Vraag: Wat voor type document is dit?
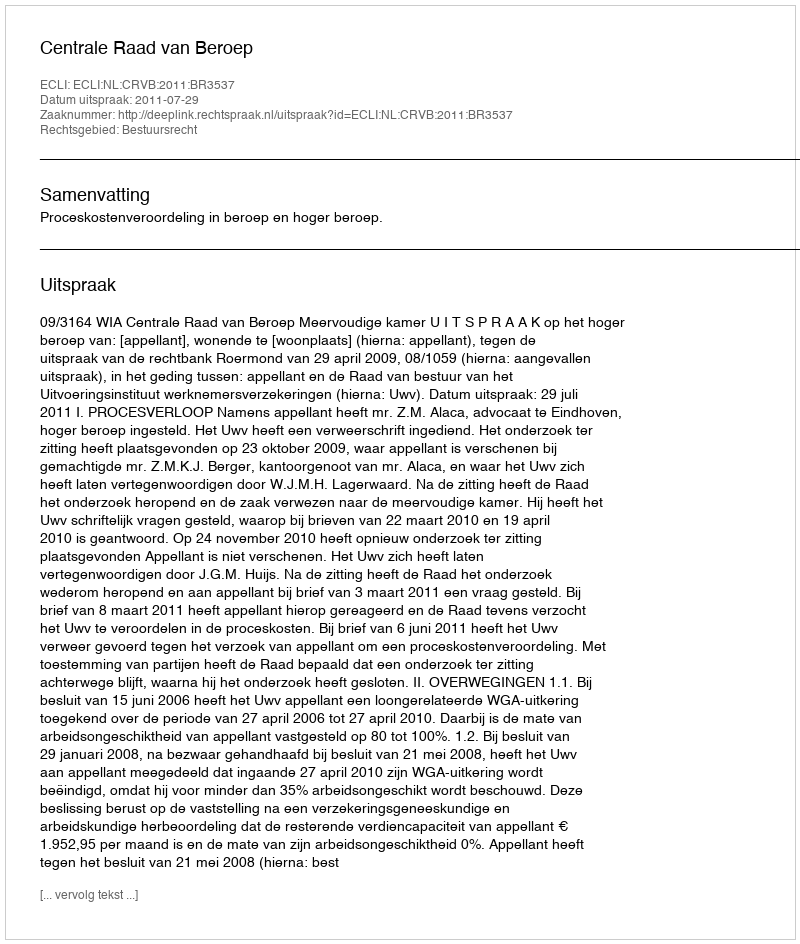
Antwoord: Uitspraak